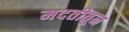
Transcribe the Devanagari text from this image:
मदतीतून